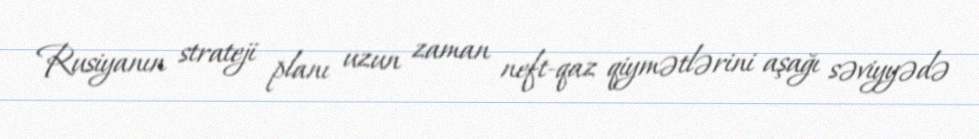
Rusiyanın strateji planı uzun zaman neft-qaz qiymətlərini aşağı səviyyədə